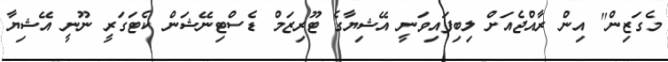
މެގަޒިން" އިން ރާއްޖެއަށް ލިބިފައިވަނީ އޭޝިޔާގެ ޓޫރިޒަމް ޑެސްޓިނޭޝަން ކެޓަގަރީ ނޫނީ އޭޝިޔާ